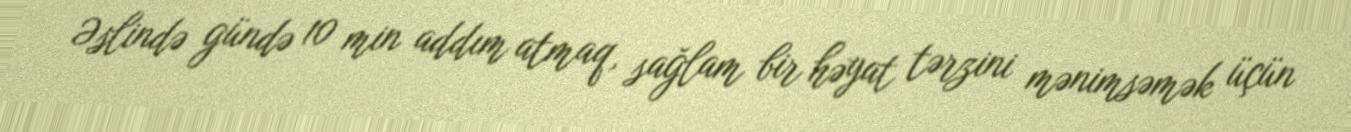
Əslində gündə 10 min addım atmaq, sağlam bir həyat tərzini mənimsəmək üçün